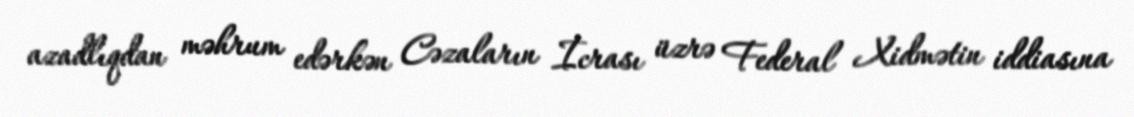
azadlıqdan məhrum edərkən Cəzaların İcrası üzrə Federal Xidmətin iddiasına